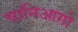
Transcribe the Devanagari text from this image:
चानिआगो